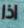
اذا